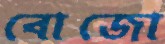
বোজো